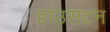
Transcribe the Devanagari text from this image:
हाउसटन